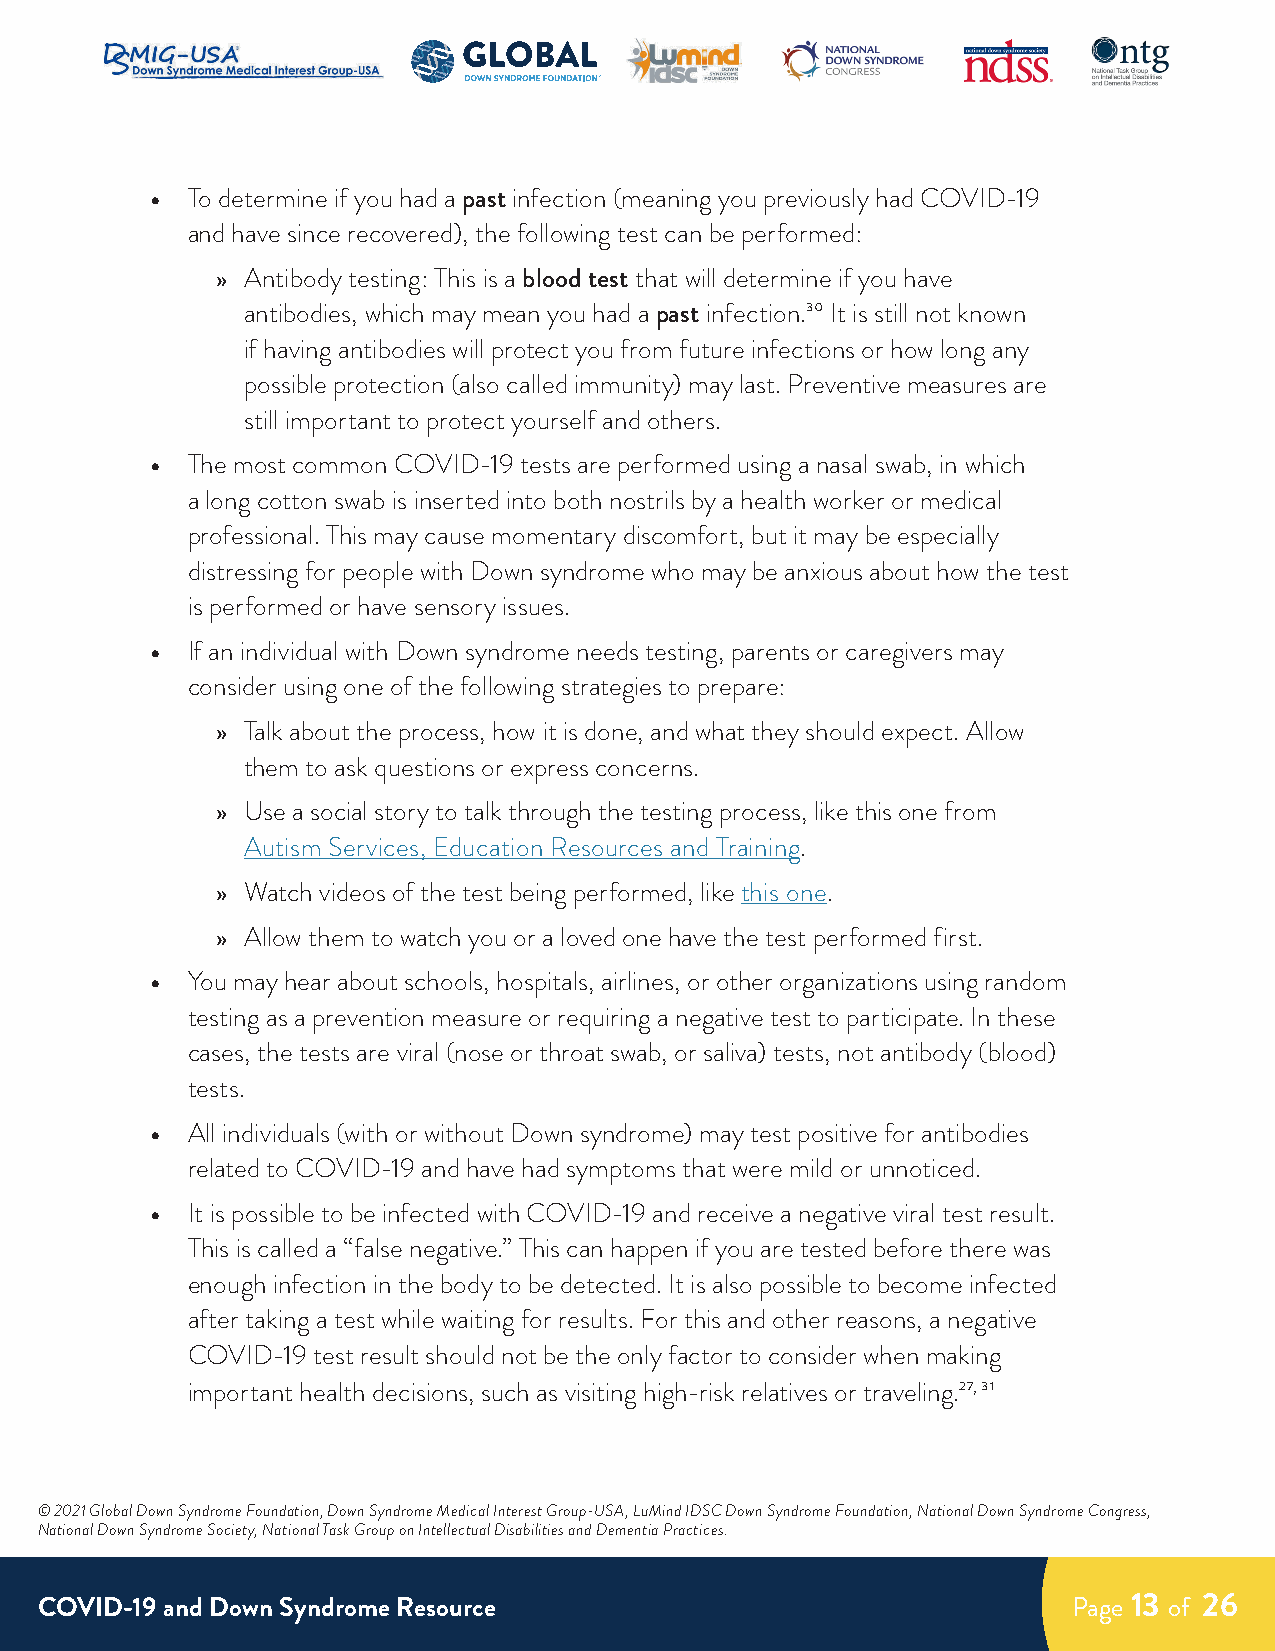
• To determine if you had a past infection (meaning you previously had COVID-19
 and have since recovered), the following test can be performed:
 » Antibody testing: This is a blood test that will determine if you have
 antibodies, which may mean you had a past infection.30 It is still not known
 if having antibodies will protect you from future infections or how long any
 possible protection (also called immunity) may last. Preventive measures are
 still important to protect yourself and others.
 • The most common COVID-19 tests are performed using a nasal swab, in which
 a long cotton swab is inserted into both nostrils by a health worker or medical
 professional. This may cause momentary discomfort, but it may be especially
 distressing for people with Down syndrome who may be anxious about how the test
 is performed or have sensory issues.
 • If an individual with Down syndrome needs testing, parents or caregivers may
 consider using one of the following strategies to prepare:
 » Talk about the process, how it is done, and what they should expect. Allow
 them to ask questions or express concerns.
 » Use a social story to talk through the testing process, like this one from
 Autism Services, Education Resources and Training.
 » Watch videos of the test being performed, like this one.
 » Allow them to watch you or a loved one have the test performed first.
 • You may hear about schools, hospitals, airlines, or other organizations using random
 testing as a prevention measure or requiring a negative test to participate. In these
 cases, the tests are viral (nose or throat swab, or saliva) tests, not antibody (blood)
 tests.
 • All individuals (with or without Down syndrome) may test positive for antibodies
 related to COVID-19 and have had symptoms that were mild or unnoticed.
 • It is possible to be infected with COVID-19 and receive a negative viral test result.
 This is called a “false negative.” This can happen if you are tested before there was
 enough infection in the body to be detected. It is also possible to become infected
 after taking a test while waiting for results. For this and other reasons, a negative
 COVID-19 test result should not be the only factor to consider when making
 important health decisions, such as visiting high-risk relatives or traveling.27, 31
 © 2021 Global Down Syndrome Foundation, Down Syndrome Medical Interest Group-USA, LuMind IDSC Down Syndrome Foundation, National Down Syndrome Congress,
 National Down Syndrome Society, National Task Group on Intellectual Disabilities and Dementia Practices.
 COVID-19 and Down Syndrome Resource                                  Page 13 of 26